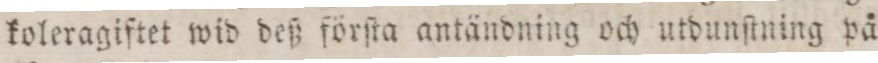
koleragiftet wid deß förſta antändning och utdunſtning på